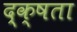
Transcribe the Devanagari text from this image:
द्क्षता